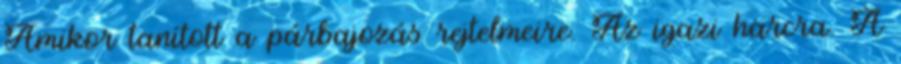
Amikor tanított a párbajozás rejtelmeire. Az igazi harcra. A